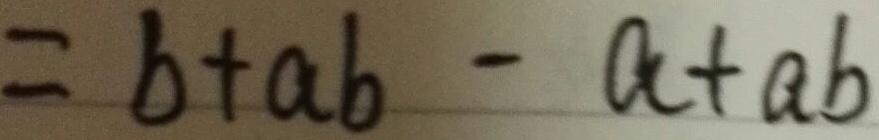
= b + a b - a + a b